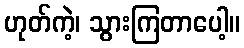
ဟုတ်ကဲ့၊ သွားကြတာပေါ့။